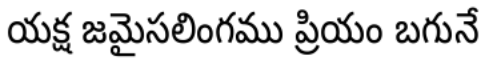
యక్ష జమైసలింగము ప్రియం బగునే